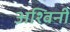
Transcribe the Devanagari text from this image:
अश्‍विनी